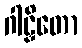
ဂါဠှိတော